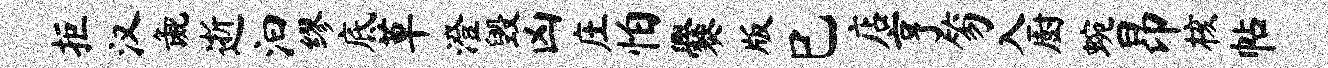
拒汉彘逝汩缪底草澄毁凶庄怕爨版巳店亨笏入厨蜿昂核帖